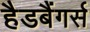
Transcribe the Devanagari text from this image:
हैडबैंगर्स